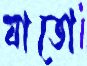
যাতো